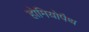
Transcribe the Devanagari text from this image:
होमियोपैथ